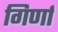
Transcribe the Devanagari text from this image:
गिर्णा